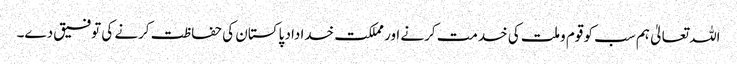
اللہ تعالیٰ ہم سب کو قوم وملت کی خدمت کرنے اور مملکت خداداد پاکستان کی حفاظت کرنے کی توفیق دے۔